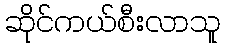
ဆိုင်ကယ်စီးလာသူ